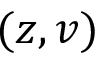
( z , v )